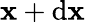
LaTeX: \mathbf{x}+\mathrm{{d}}\mathbf{x}